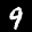
Label: 9